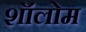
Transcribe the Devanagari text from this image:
शॉलोम